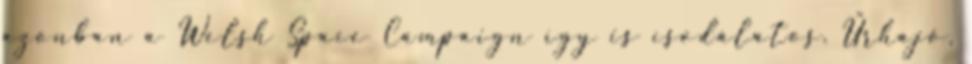
azonban a Welsh Space Campaign így is csodálatos. Űrhajó,